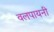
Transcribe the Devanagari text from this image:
वलपायनी